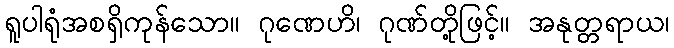
ရူပါရုံအစရှိကုန်သော။ ဂုဏေဟိ၊ ဂုဏ်တို့ဖြင့်။ အနုတ္တရာယ၊